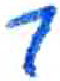
אות: ר